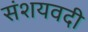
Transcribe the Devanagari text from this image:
संशयवदी